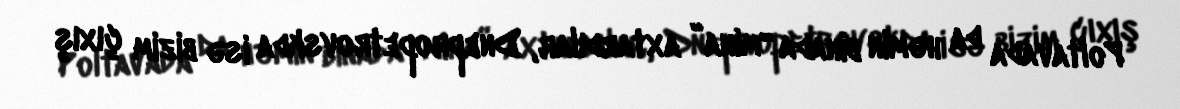
Poltavada da həmin binada “mina” axtardılar, Dnepropetrovskda isə bizim çıxış